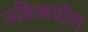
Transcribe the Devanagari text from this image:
नकिबपोश